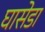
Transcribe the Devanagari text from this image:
घासेडा